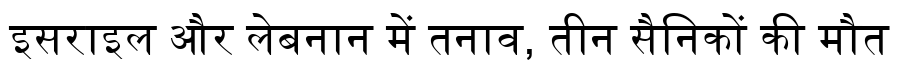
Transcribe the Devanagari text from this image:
इसराइल और लेबनान में तनाव, तीन सैनिकों की मौत